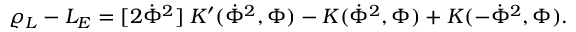
\varrho _ { L } - { \cal L } _ { E } = [ 2 \dot { \Phi } ^ { 2 } ] \; K ^ { \prime } ( \dot { \Phi } ^ { 2 } , \Phi ) - K ( \dot { \Phi } ^ { 2 } , \Phi ) + K ( - \dot { \Phi } ^ { 2 } , \Phi ) .